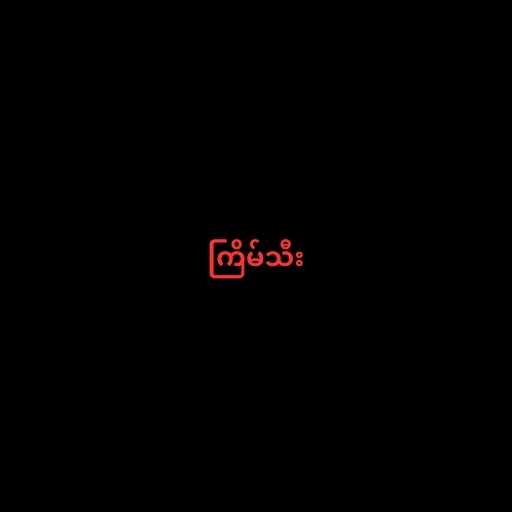
ကြိမ်သီး